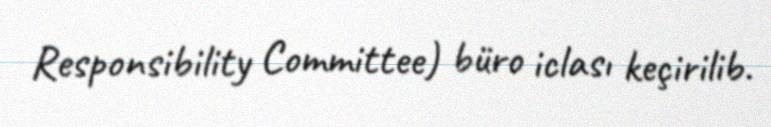
Responsibility Committee) büro iclası keçirilib.